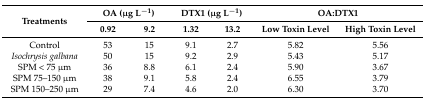
<table><thead><tr><td rowspan="2"><b>Treatments</b></td><td colspan="2"><b>OA (μg L<sup>−1</sup>)</b></td><td colspan="2"><b>DTX1 (μg L<sup>−1</sup>)</b></td><td colspan="2"><b>OA:DTX1</b></td></tr><tr><td><b>0.92</b></td><td><b>9.2</b></td><td><b>1.32</b></td><td><b>13.2</b></td><td><b>Low Toxin Level</b></td><td><b>High Toxin Level</b></td></tr></thead><tbody><tr><td>Control</td><td>53</td><td>15</td><td>9.1</td><td>2.7</td><td>5.82</td><td>5.56</td></tr><tr><td><i>Isochrysis galbana</i></td><td>50</td><td>15</td><td>9.2</td><td>2.9</td><td>5.43</td><td>5.17</td></tr><tr><td>SPM &lt; 75 μm</td><td>36</td><td>8.8</td><td>6.1</td><td>2.4</td><td>5.90</td><td>3.67</td></tr><tr><td>SPM 75–150 μm</td><td>38</td><td>9.1</td><td>5.8</td><td>2.4</td><td>6.55</td><td>3.79</td></tr><tr><td>SPM 150–250 μm</td><td>29</td><td>7.4</td><td>4.6</td><td>2.0</td><td>6.30</td><td>3.70</td></tr></tbody></table>